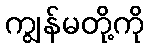
ကျွန်မတို့ကို